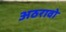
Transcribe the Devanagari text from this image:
अठरावो